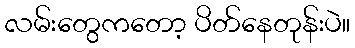
လမ်းတွေကတော့ ပိတ်နေတုန်းပဲ။